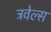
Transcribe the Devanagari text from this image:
ट्रवेल्स